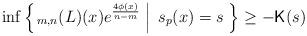
LaTeX: \begin{align*}\inf\left\{\left. _{m,n}(L)(x)e^{\frac{4\phi(x)}{n-m}}\;\right|\; s_p(x)=s\; \right\}\geq -{\sf K}(s)\end{align*}